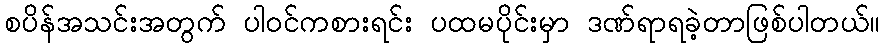
စပိန်အသင်းအတွက် ပါဝင်ကစားရင်း ပထမပိုင်းမှာ ဒဏ်ရာရခဲ့တာဖြစ်ပါတယ်။